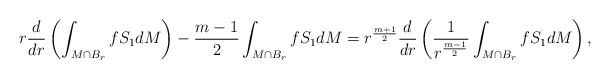
\begin{align*}r\dfrac{d}{dr}\left(\int_{M\cap B_r} fS_1 dM \right) - \dfrac{m-1}{2}\int_{M\cap B_r} fS_1 dM = r^{\frac{m+1}{2}}\dfrac{d}{dr}\left(\frac{1}{r^{\frac{m-1}{2}}}\int_{M\cap B_r}fS_1 dM\right),\end{align*}